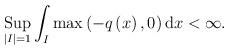
LaTeX: \begin{align*}\operatorname*{Sup}\limits_{\left\vert I\right\vert =1}\int_{I}\max\left(-q\left( x\right) ,0\right) \mathrm{d}x<\infty. \end{align*}